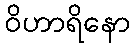
ဝိဟာရိနော